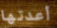
أعدتها